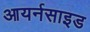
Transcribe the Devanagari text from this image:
आयर्नसाइड